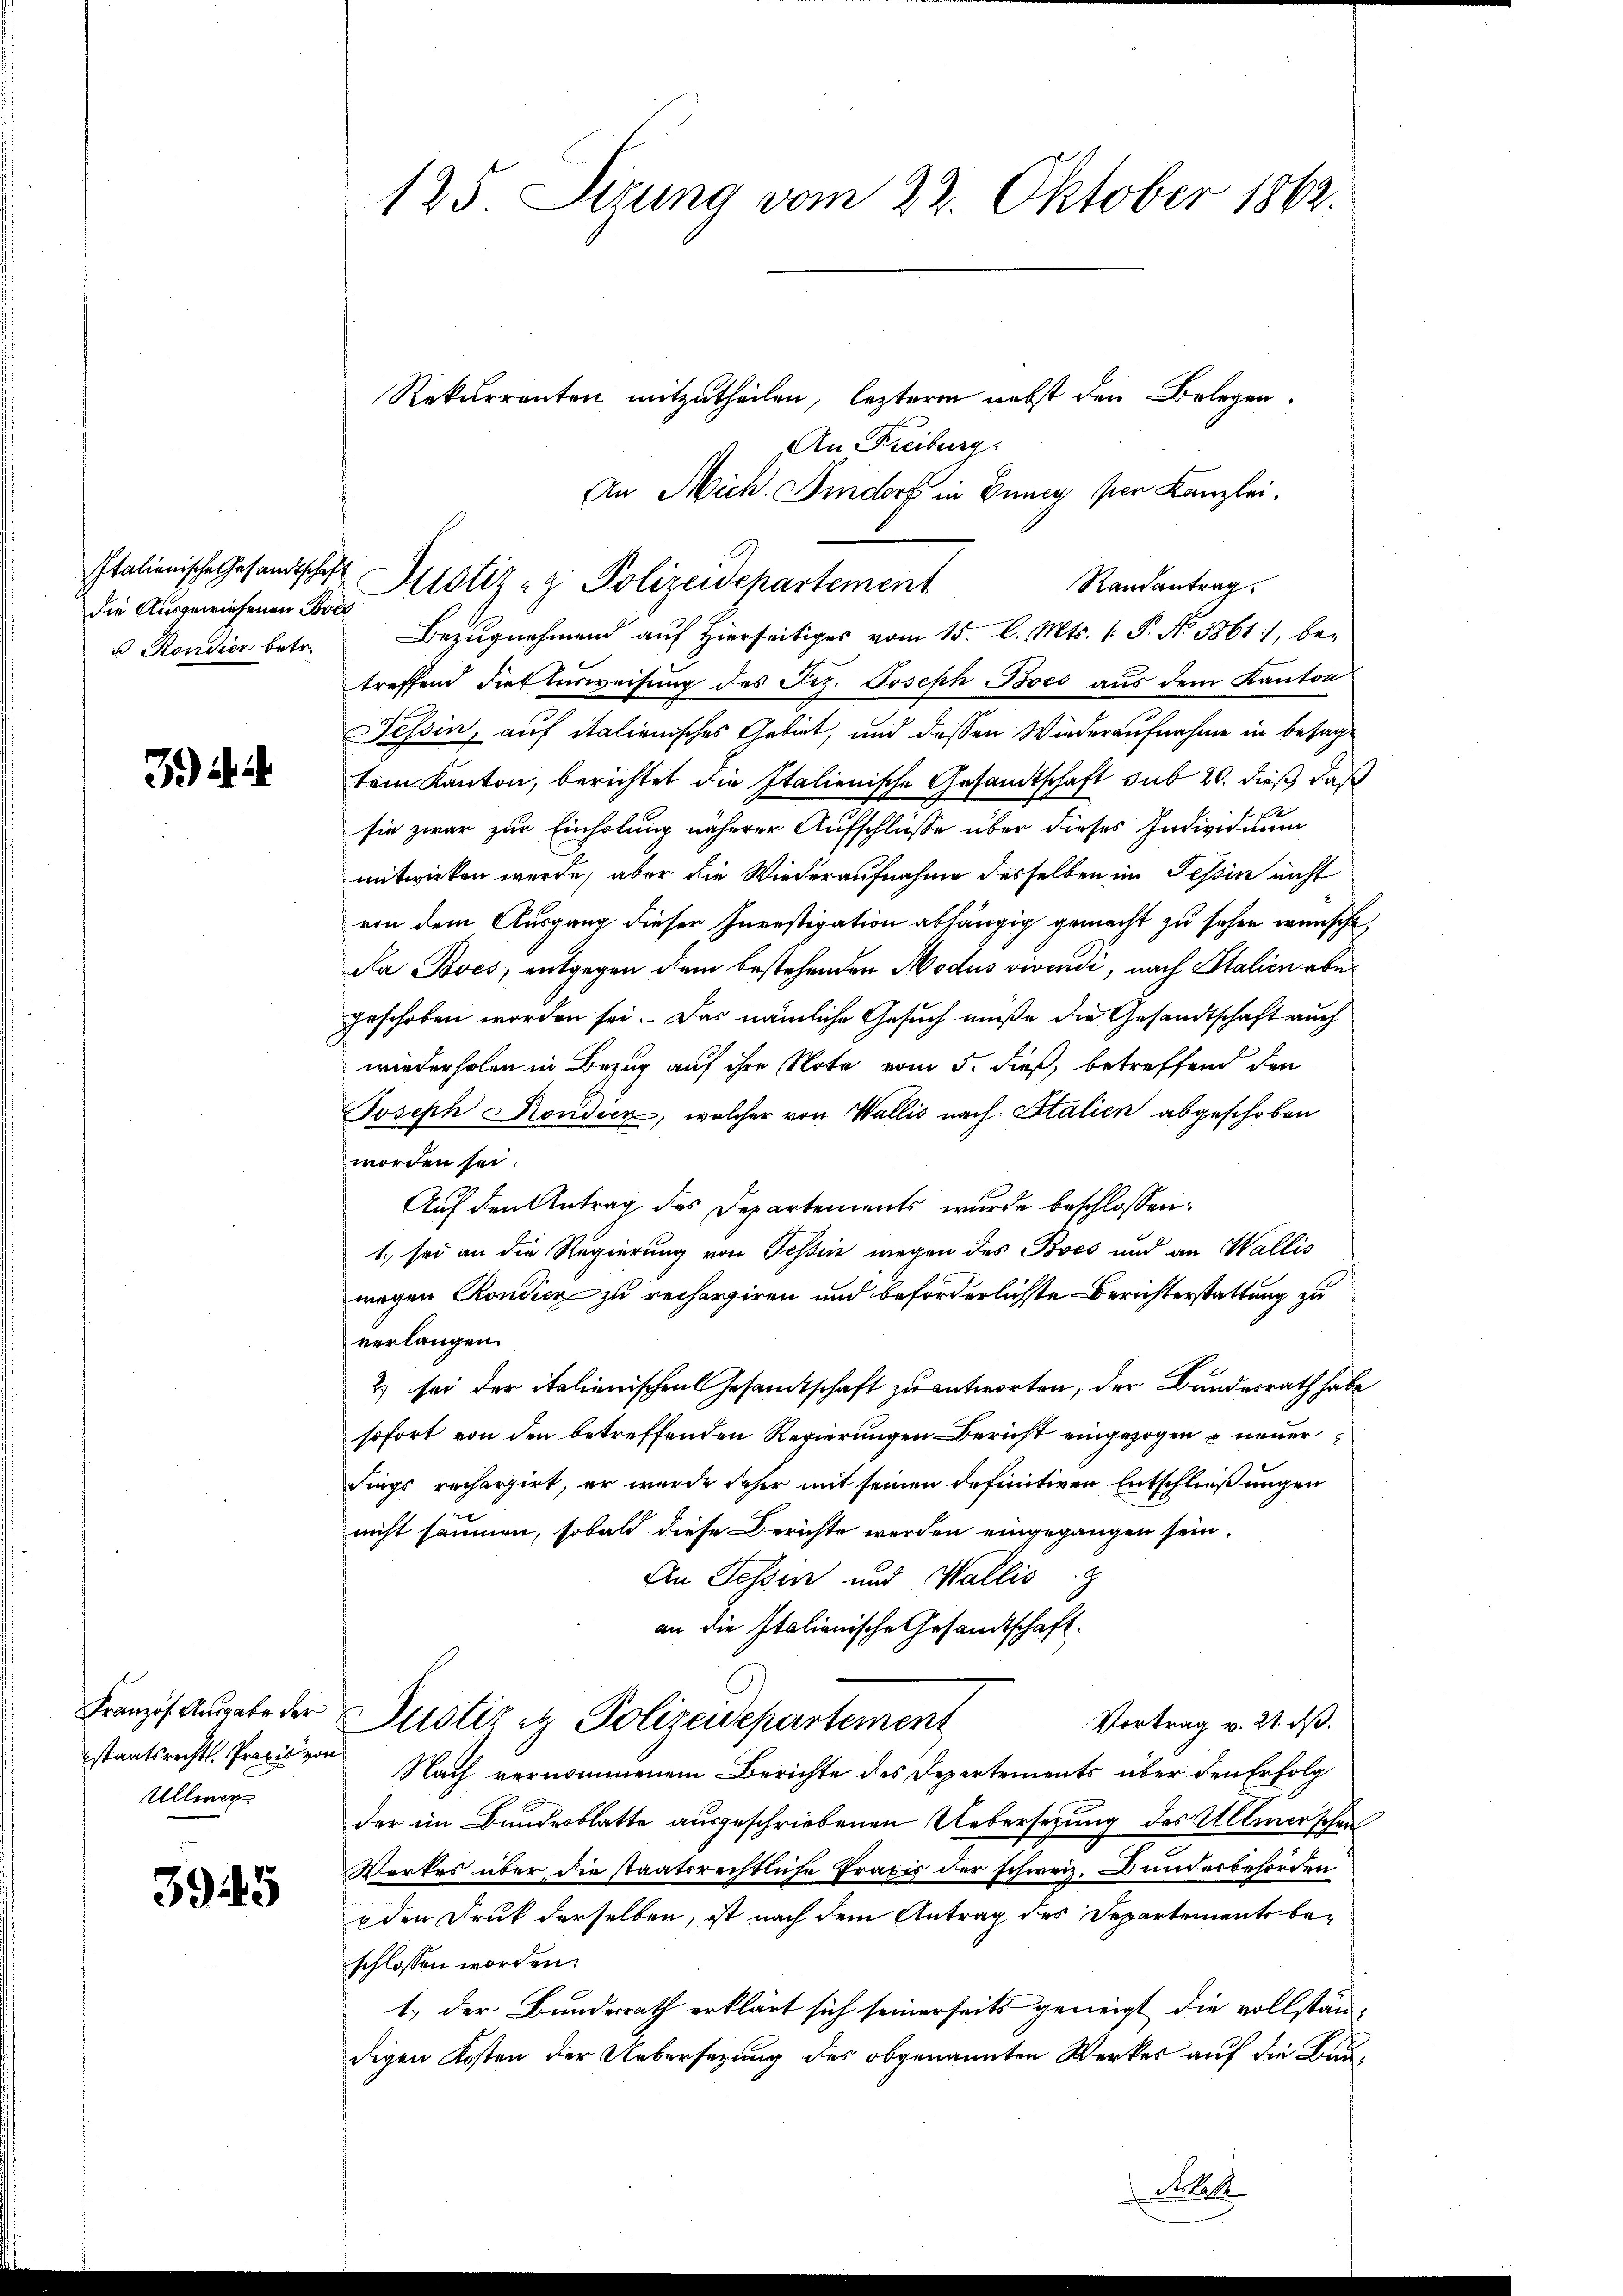
die Ausgewiesenen Bode
u Rondien betr.

J) di

Ullerer

3945

Rekurrenten mitzutheilen, leztere nebst den Belegen.
An Freiburg.
An Mich. Sindorf in Zuney per Kanzlei.
Randantrag.
Bezugnehmend auf Hierseitiges vom 15. l. Mts. v. P. No. 5861), betreffend die Ausweisung des Frz. Joseph Bves aus dem Kanton
Tessin, auf italienisches Gebiet, und dessen Wiederaufnahme in besagtem Kanton, berichtet die Italienische Gesandtschaft sub 20. dieß, daß
E
sie zwar zur Einholung näherer Aufschlüsse über dieses Indiziaum
mitwirken werde, aber die Wiederaufnahme desselben im Tessin nicht
von dem Ausgang dieser Investipation abhängig gemacht zu sehen wünscht,
Da Boves, entgegen dem bestehenden Modus vivendi, nach Italien aber
geschoben worden sei. Das nämliche Gesuch müße die Gesandtschaft auch
wiederholen in Bezug auf ihre Note vom 5. dieß, betreffend den
Joseph Rondien, welcher von Wallis nach Italien abgeschoben
worden sei:
Auf den Antrag des Departements wurde beschlossen:
1., sei an die Regierung von Teßin wegen des Bocs und an Wallis
magen Rondien zu rechargiren und beförderlichste Berichterstattung zu
verlangen.
2) sei der italienischen Gesamtschaft zu antworten, der Bundesrath habe
sofort von den betreffenden Regierungen Bericht eingezogen neuer
dings rechargirt, er wurde daher mit seinen definitiven Entschließungen
nicht säumen, sobald diese Berichte werden eingegangen sein.
An Tessin und Wallis.
an die Italienische Gesandtschaft.
Franzof Ausgabe der Justiz in Polizeidepartement
Vortrag v. 21. ds.
staatsrechts-Prović von Nach vernommenem Berichte des Departements über den Erfolg
der im Bundesblatte ausgeschriebenen Uebersetzung des Ullmerschen
Werkes über die staatsrechtliche Praxis der schweiz. Bunderbehörden
uden Druk derselben, ist nach dem Antrag des Departement beschlossen worden.
1.) der Bundesrath erklärt sich seinerseits geneigt die vollstän-
digen Kosten der Uebersezung des obgenannten Werkes auf die Bau¬

125. Sitzung vom 22. Oktober 1862.

Italienische Gesandtschaft Sistiz & Polizeidepartement

Koles